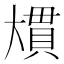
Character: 𭑠